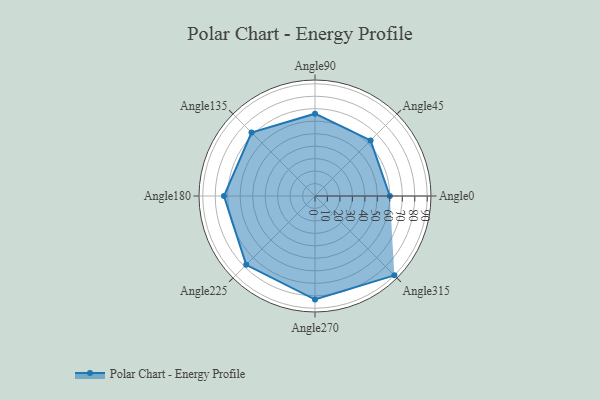
{"axis": {"x": "Angle", "y": "Radius"}, "legend": [""], "data": [{"x": "Angle0", "y": 60.0, "type": ""}, {"x": "Angle45", "y": 63.0, "type": ""}, {"x": "Angle90", "y": 66.0, "type": ""}, {"x": "Angle135", "y": 72.0, "type": ""}, {"x": "Angle180", "y": 73.0, "type": ""}, {"x": "Angle225", "y": 78.0, "type": ""}, {"x": "Angle270", "y": 83.0, "type": ""}, {"x": "Angle315", "y": 90.0, "type": ""}]}